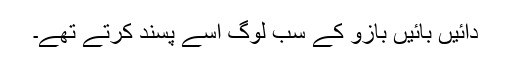
دائیں بائیں بازو کے سب لوگ اسے پسند کرتے تھے۔